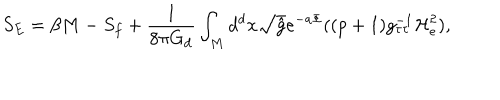
S _ { E } = \beta M - S _ { f } + \frac { 1 } { 8 \pi G _ { d } } \int _ { M } d ^ { d } x \sqrt { \hat { g } } e ^ { - a \Phi } ( ( p + 1 ) g _ { \tau \tau } ^ { - 1 } { \mathcal H } _ { e } ^ { 2 } ) ,